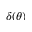
\delta ( \theta )